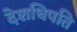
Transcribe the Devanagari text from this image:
देशधिपति